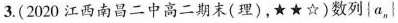
3.(2020江西南昌二中高二期末(理)，★★☆)数列{a，}